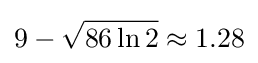
9-{\sqrt {86\ln 2}}\approx 1.28